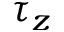
\tau _ { z }